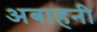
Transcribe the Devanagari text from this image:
अबाहनी